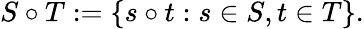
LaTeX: S\circ T:=\{ s\circ t:s\in S,t\in T\} .